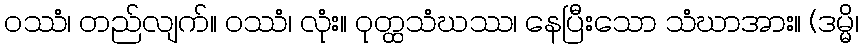
ဝဿံ၊ တည်လျက်။ ဝဿံ၊ လုံး။ ဝုတ္ထသံဃဿ၊ နေပြီးသော သံဃာအား။ (ဒမ္မိ၊